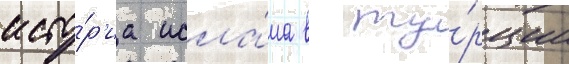
исто́р'иа исла́ма в ту́рции